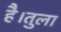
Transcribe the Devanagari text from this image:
है।तुला